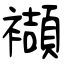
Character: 襭